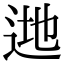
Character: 逇